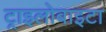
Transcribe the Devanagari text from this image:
ट्राइलोबाइटा